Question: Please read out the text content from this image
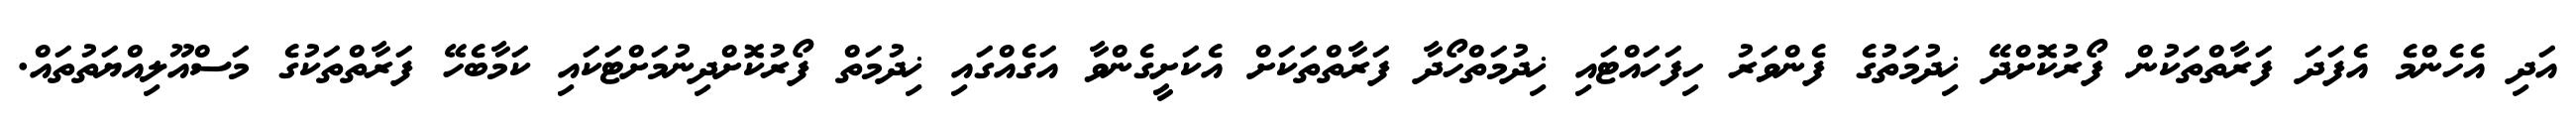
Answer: އަދި އެހެންމެ އެފަދަ ފަރާތްތަކުން ފޯރުކޮށްދޭ ޚިދުމަތުގެ ފެންވަރު ހިފަހައްޓައި ޚިދުމަތްހޯދާ ފަރާތްތަކަށް އެކަށީގެންވާ އަގެއްގައި ޚިދުމަތް ފޯރުކޮށްދިނުމަށްޓަކައި ކަމާބެހޭ ފަރާތްތަކުގެ މަސްއޫލިއްޔަތުތައް.